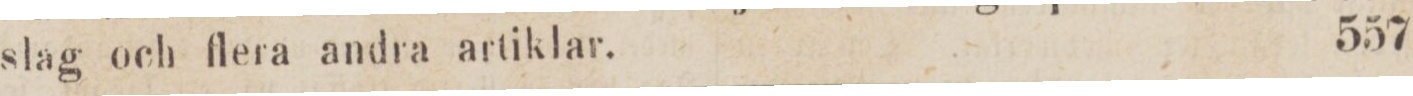
slag och flera andra artiklar.    557